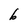
Character: b